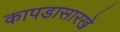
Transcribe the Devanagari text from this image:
कापडासारखे